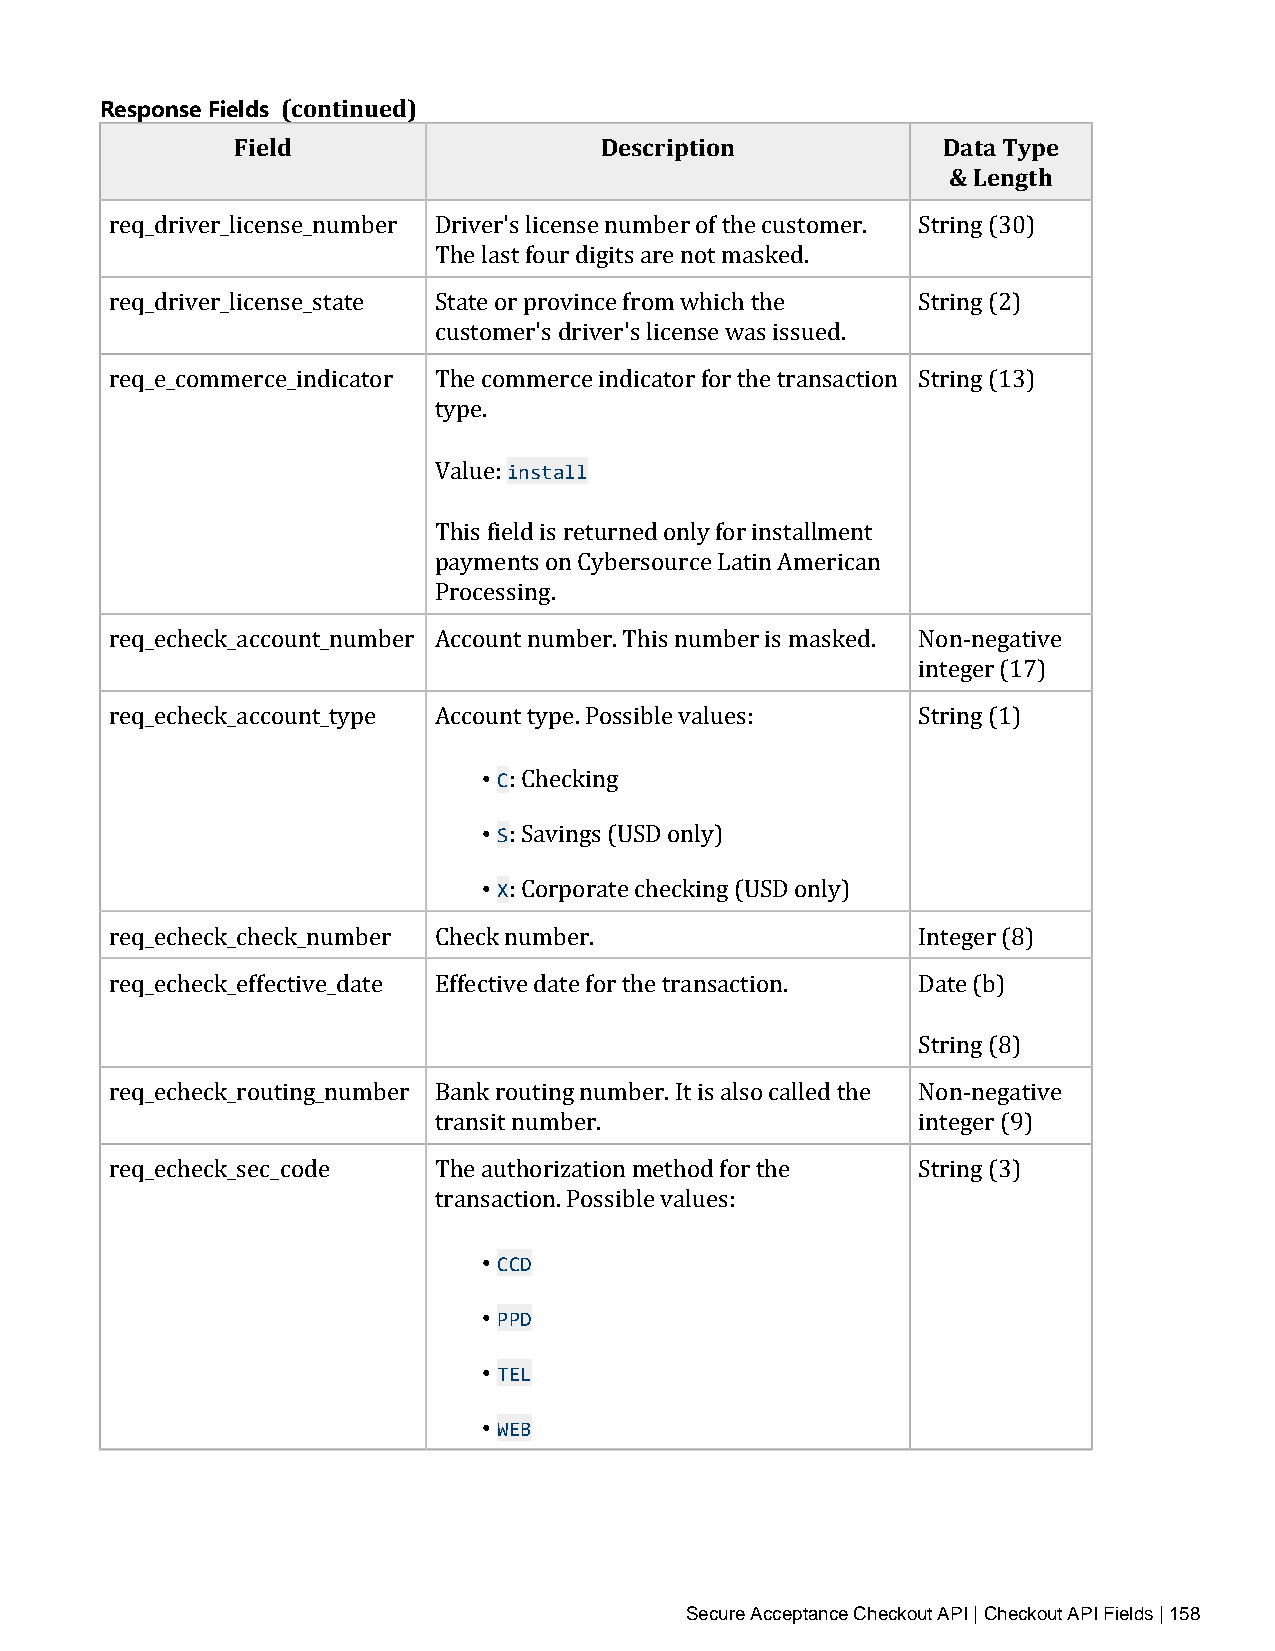
Response Fields (continued)
 Field                   Description           Data Type
 & Length
 req_driver_license_number Driver's license number of the customer. String (30)
 The last four digits are not masked.
 req_driver_license_state State or province from which the String (2)
 customer's driver's license was issued.
 req_e_commerce_indicator The commerce indicator for the transaction String (13)
 type.
 install
 Value:
 This field is returned only for installment
 payments on Cybersource Latin American
 Processing.
 req_echeck_account_number Account number. This number is masked. Non‑negative
 integer (17)
 req_echeck_account_type Account type. Possible values: String (1)
 • C
 • S: Checking
 • X: Savings (USD only)
 : Corporate checking (USD only)
 req_echeck_check_number Check number.                 Integer (8)
 req_echeck_effective_date Effective date for the transaction. Date (b)
 String (8)
 req_echeck_routing_number Bank routing number. It is also called the Non‑negative
 transit number.                 integer (9)
 req_echeck_sec_code   The authorization method for the String (3)
 transaction. Possible values:
 • CCD
 • PPD
 • TEL
 • WEB
 Secure Acceptance Checkout API | Checkout API Fields | 158